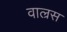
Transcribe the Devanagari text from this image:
वाल्रस